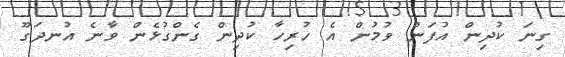
ގިނަ ކުދިން އުފަން ވުމުން އެ ހުރިހާ ކުދިން ގެންގުޅެން ވާނެ އުނދަގޫ